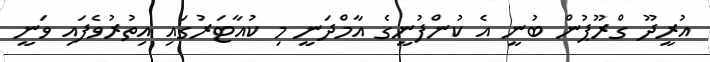
އުރީދޫ ގްރޫޕުން ބުނީ އެ ކުންފުނީގެ އާމްދަނީ މި ކުއާޓަރުގައި އިތުރުވެފައި ވަނީ